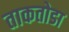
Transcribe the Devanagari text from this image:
ताकतोडा